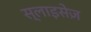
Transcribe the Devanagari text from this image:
स्लाइसेज़